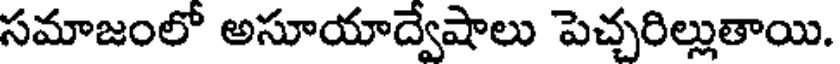
సమాజంలో అసూయాద్వేషాలు పెచ్చరిల్లుతాయి.